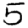
Digit: 5